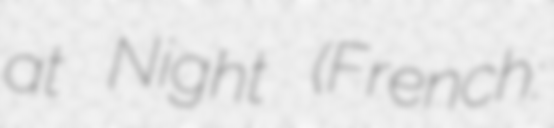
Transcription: at Night (French: